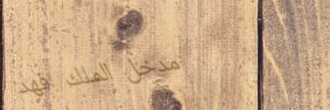
مدخل الملك فهد